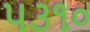
૫૩૧૦